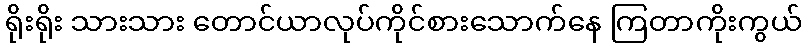
ရိုးရိုး သားသား တောင်ယာလုပ်ကိုင်စားသောက်နေ ကြတာကိုးကွယ်